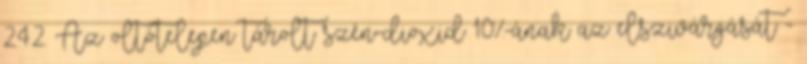
2.4.2. Az oltótelepen tárolt szén-dioxid 10%-ának az elszivárgását -